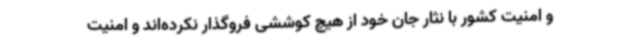
و امنیت کشور با نثار جان خود از هیچ کوششی فروگذار نکرده‌اند و امنیت